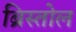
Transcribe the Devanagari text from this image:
ब्रिस्तोल